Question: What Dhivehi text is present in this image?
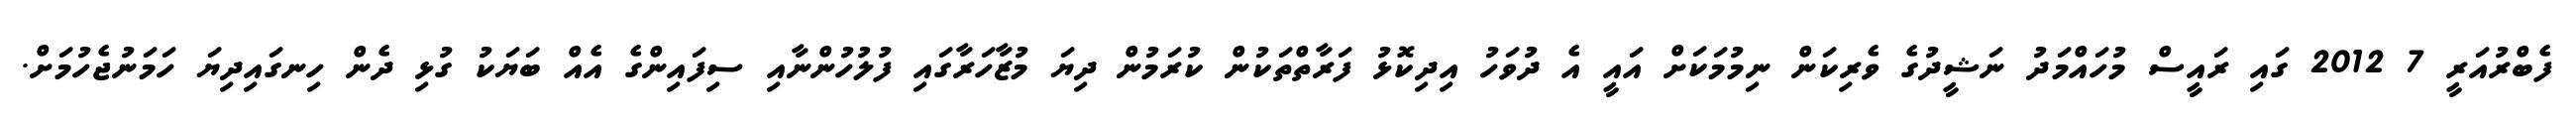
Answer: ފެބްރުއަރީ 7 2012 ގައި ރައީސް މުހައްމަދު ނަޝީދުގެ ވެރިކަން ނިމުމަކަށް އައީ އެ ދުވަހު އިދިކޮޅު ފަރާތްތަކުން ކުރަމުން ދިޔަ މުޒާހަރާގައި ފުލުހުންނާއި ސިފައިންގެ އެއް ބަޔަކު ގުޅި ދެން ހިނގައިދިޔަ ހަމަނުޖެހުމަށް.